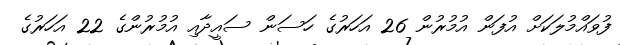
ފުވައްމުލަކަށް އުފަން އުމުރުން 26 އަހަރުގެ ހަސަން ސައީދާއި އުމުރުންގެ 22 އަހަރުގެ